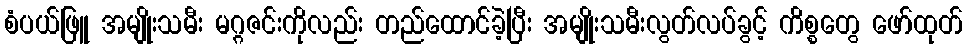
စံပယ်ဖြူ အမျိုးသမီး မဂ္ဂဇင်းကိုလည်း တည်ထောင်ခဲ့ပြီး အမျိုးသမီးလွတ်လပ်ခွင့် ကိစ္စတွေ ဖော်ထုတ်